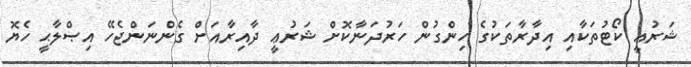
ޝަރުޢީ ކޯޓުތަކާއި އިދާރާތަކުގެ ހިންގުން ހަރުދަނާކޮށް ޝަރުޢީ ދާއިރާއަށް ގެންނަންޖެހޭ އިޞްލާޙީ ހެޔޮ